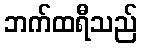
ဘက်ထရီသည်